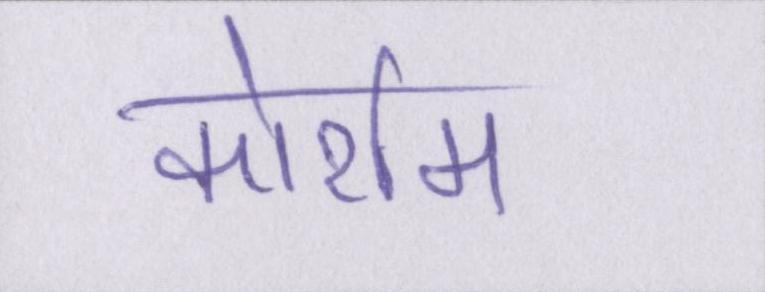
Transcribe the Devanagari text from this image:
कोर्राम